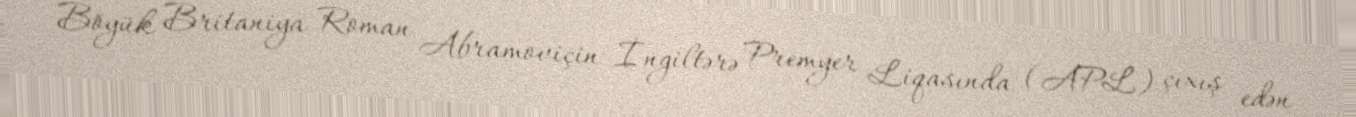
Böyük Britaniya Roman Abramoviçin İngiltərə Premyer Liqasında (APL) çıxış edən